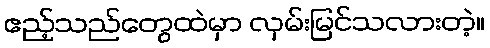
ဧည့်သည်တွေထဲမှာ လှမ်းမြင်သလားတဲ့။